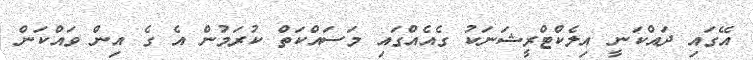
އޭގައި ދައްކަނީ އިލެކްޓްރީޝަނަކު ގެއެއްގައި މަސައްކަތް ކުރަމުން އެ ގެ އިން ވައްކަން